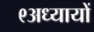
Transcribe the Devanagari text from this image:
९अध्यायों